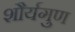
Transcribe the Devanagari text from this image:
शौर्यगुण